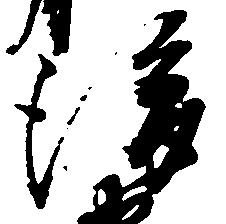
後